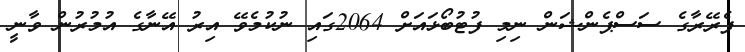
ފެރޭރާގެ ސަސްޕެންޝަން ނިމި ފުޓުބޯޅައަށް 2064ގައި ނުކުމެވޭ އިރު އޭނާގެ އުމުރުން ވާނީ